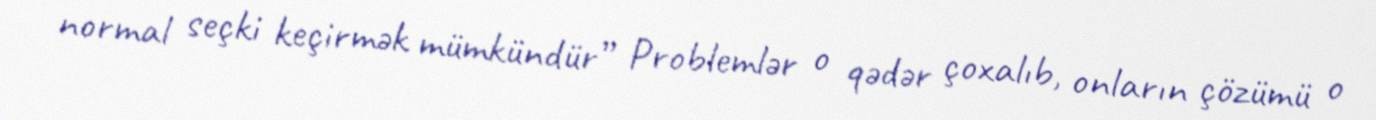
normal seçki keçirmək mümkündür” Problemlər o qədər çoxalıb, onların çözümü o